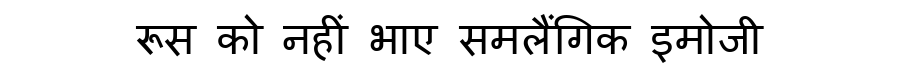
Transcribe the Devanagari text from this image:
रूस को नहीं भाए समलैंगिक इमोजी